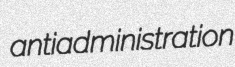
antiadministration